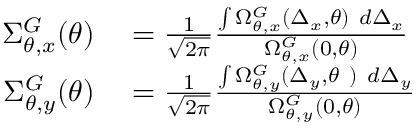
\begin{array} { r l } { \Sigma _ { \theta , x } ^ { G } ( \theta ) } & { { } = \frac { 1 } { \sqrt { 2 \pi } } \frac { \int \Omega _ { \theta , x } ^ { G } ( \Delta _ { x } , \theta ) \ d \Delta _ { x } } { \Omega _ { \theta , x } ^ { G } ( 0 , \theta ) } } \\ { \Sigma _ { \theta , y } ^ { G } ( \theta ) } & { { } = \frac { 1 } { \sqrt { 2 \pi } } \frac { \int \Omega _ { \theta , y } ^ { G } ( \Delta _ { y } , \theta \ ) \ d \Delta _ { y } } { \Omega _ { \theta , y } ^ { G } ( 0 , \theta ) } } \end{array}